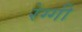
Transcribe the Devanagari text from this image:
रेग्गी